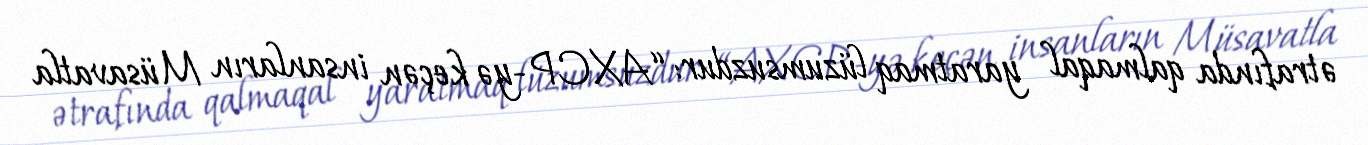
ətrafında qalmaqal yaratmaq lüzumsuzdur: “AXCP-yə keçən insanların Müsavatla